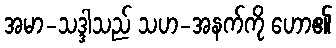
အမာ-သဒ္ဒါသည် သဟ-အနက်ကို ဟော၏